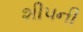
શીપની